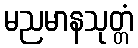
မညမာနသုတ္တံ